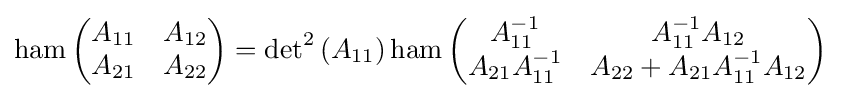
\operatorname {ham} \left({\begin{matrix}A_{11}&A_{12}\\A_{21}&A_{22}\end{matrix}}\right)={\det }^{2}\left(A_{11}\right)\operatorname {ham} \left({\begin{matrix}A_{11}^{-1}&A_{11}^{-1}A_{12}\\A_{21}A_{11}^{-1}&A_{22}+A_{21}A_{11}^{-1}A_{12}\end{matrix}}\right)